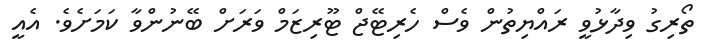
ތޯރިގު ވިދާޅުވީ ރައްޔިތުން ވެސް ހެރިޓޭޖް ޓޫރިޒަމް ވަރަށް ބޭނުންވާ ކަމަށެވެ. އެއީ